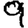
Digit: 9